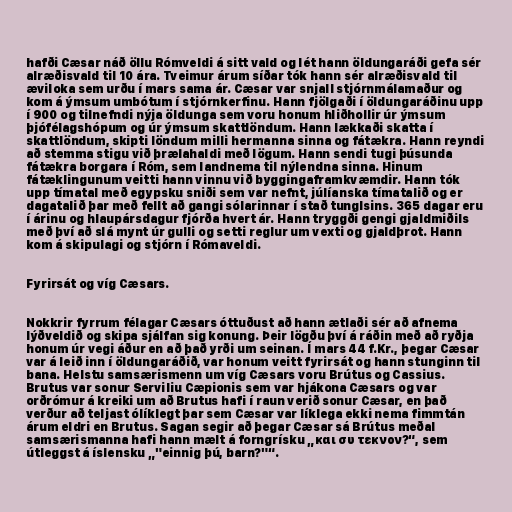
hafði Cæsar náð öllu Rómveldi á sitt vald og lét hann öldungaráði gefa sér
alræðisvald til 10 ára. Tveimur árum síðar tók hann sér alræðisvald til
æviloka sem urðu í mars sama ár. Cæsar var snjall stjórnmálamaður og
kom á ýmsum umbótum í stjórnkerfinu. Hann fjölgaði í öldungaráðinu upp
í 900 og tilnefndi nýja öldunga sem voru honum hliðhollir úr ýmsum
þjófélagshópum og úr ýmsum skattlöndum. Hann lækkaði skatta í
skattlöndum, skipti löndum milli hermanna sinna og fátækra. Hann reyndi
að stemma stigu við þrælahaldi með lögum. Hann sendi tugi þúsunda
fátækra borgara í Róm, sem landnema til nýlendna sinna. Hinum
fátæklingunum veitti hann vinnu við byggingaframkvæmdir. Hann tók
upp tímatal með egypsku sniði sem var nefnt, júlíanska tímatalið og er
dagatalið þar með fellt að gangi sólarinnar í stað tunglsins. 365 dagar eru
í árinu og hlaupársdagur fjórða hvert ár. Hann tryggði gengi gjaldmiðils
með því að slá mynt úr gulli og setti reglur um vexti og gjaldþrot. Hann
kom á skipulagi og stjórn í Rómaveldi.

Fyrirsát og víg Cæsars.

Nokkrir fyrrum félagar Cæsars óttuðust að hann ætlaði sér að afnema
lýðveldið og skipa sjálfan sig konung. Þeir lögðu því á ráðin með að ryðja
honum úr vegi áður en að það yrði um seinan. Í mars 44 f.Kr., þegar Cæsar
var á leið inn í öldungaráðið, var honum veitt fyrirsát og hann stunginn til
bana. Helstu samsærismenn um víg Cæsars voru Brútus og Cassius.
Brutus var sonur Serviliu Cæpionis sem var hjákona Cæsars og var
orðrómur á kreiki um að Brutus hafi í raun verið sonur Cæsar, en það
verður að teljast ólíklegt þar sem Cæsar var líklega ekki nema fimmtán
árum eldri en Brutus. Sagan segir að þegar Cæsar sá Brútus meðal
samsærismanna hafi hann mælt á forngrísku „και συ τεκνον?“, sem
útleggst á íslensku „"einnig þú, barn?"“.